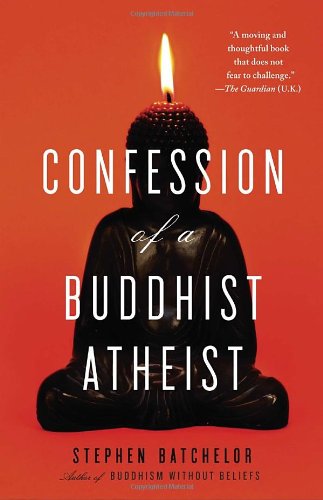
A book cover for Confession of a Buddhist Atheist; Stephen Batchelor; Religion & Spirituality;